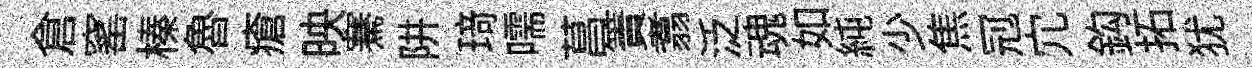
倉窰榛魯瘡映騫阱𤦺嚅菖簀翥泛魂如純少焦𠜍宂鈎拓犹